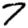
Digit: 7